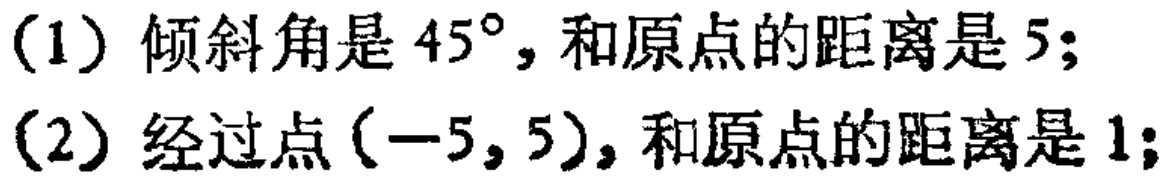
(1) 倾斜角是 \(45^{\circ}\)，和原点的距离是 \(5\);
(2) 经过点 \((-5,5)\)，和原点的距离是 \(1\);